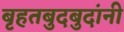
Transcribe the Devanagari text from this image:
बृहतबुदबुदांनी